Civil Veterinary Department Bihar & Orissa reports 1929-36 - 1929-1936
Year: 1929
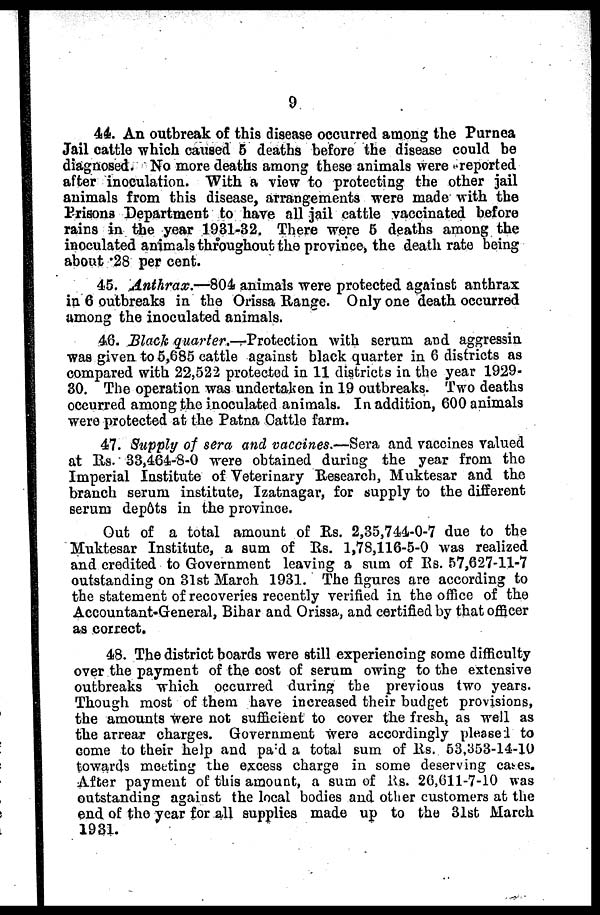
9
44. An outbreak of this disease occurred among the Purnea
Jail cattle which caused 5 deaths before the disease could be
diagnosed. No more deaths among these animals were reported
after inoculation. With a view to protecting the other jail
animals from this disease, arrangements were made with the
Prisons Department to have all jail cattle vaccinated before
rains in the year 1931-32. There were 6 deaths among the
inoculated animals throughout the province, the death rate being
about .28 per cent.
45. Anthrax.—804 animals were protected against anthrax
in 6 outbreaks in the Orissa Range. Only one death occurred
among the inoculated animals.
46. Black quarter.—Protection
with serum and aggressin
was given to 5,685 cattle against black quarter in 6 districts as
compared with 22,522 protected in 11 districts in the year 1929-
30. The operation was undertaken in 19 outbreaks. Two deaths
occurred among the inoculated animals. In addition, 600 animals
were protected at the Patna Cattle farm.
47. Supply of sera and vaccines.—Sera and vaccines valued
at Rs. 33,464-8-0 were obtained during the year from the
Imperial Institute of Veterinary Research, Muktesar and the
branch serum institute, Izatnagar, for supply to the different
serum depôts in the province.
Out of a total amount of Rs. 2,35,744-0-7 due to the
Muktesar Institute, a sum of Rs. 1,78,116-5-0 was realized
and credited to Government leaving a sum of Rs. 57,627-11-7
outstanding on 31st March 1931. The figures are according to
the statement of recoveries recently verified in the office of the
Accountant-General, Bihar and Orissa, and certified by that officer
as correct.
48. The district boards were still experiencing some difficulty
over the payment of the cost of serum owing to the extensive
outbreaks which occurred during the previous two years.
Though most of them have increased their budget provisions,
the amounts were not sufficient to cover the fresh, as well as
the arrear charges. Government were accordingly pleased to
come to their help and paid a total sum of Rs. 53,353-14-10
towards meeting the excess charge in some deserving cases.
After payment of this amount, a sum of Rs. 26,611-7-10 was
outstanding against the local bodies and other customers at the
end of the year for all supplies made up to the 31st March
1931.